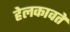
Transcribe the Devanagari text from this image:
हेलकावते